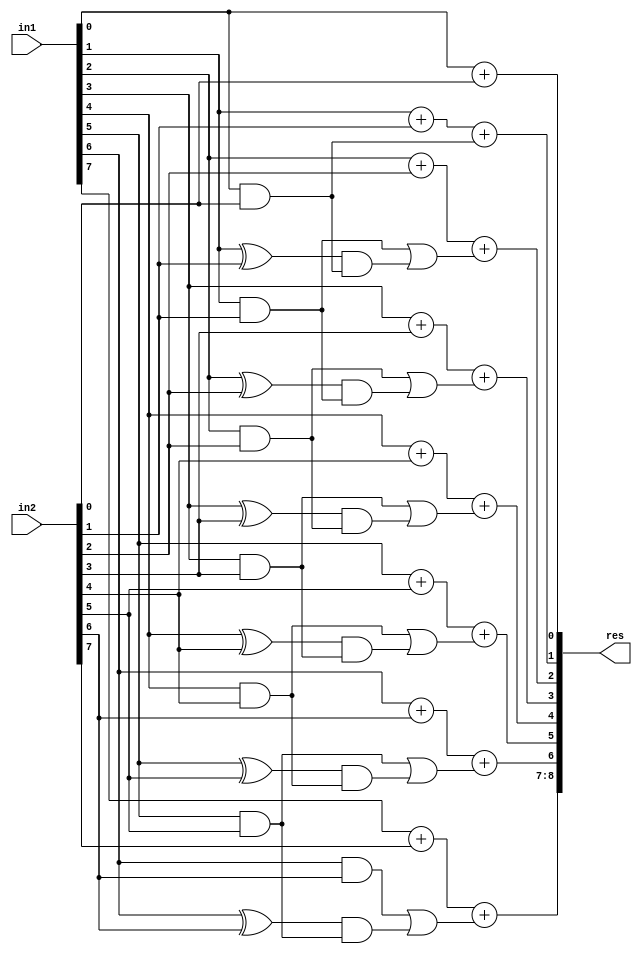
`timescale 1ns / 1ps
//////////////////////////////////////////////////////////////////////////////////
// Company: 
// Engineer: 
// 
// Create Date:     
// Design Name: 
// Module Name:    GDA_St_N8_M8_P2 
// Project Name: 
// Target Devices: 
// Tool versions: 
// Description: 
//
// Dependencies: 
//
// Revision: 
// Revision 0.01 - File Created
// Additional Comments: 
//
//////////////////////////////////////////////////////////////////////////////////
module GDA_St_N8_M8_P2(
    input  [7:0] in1,
    input  [7:0] in2,
    output [8:0] res
    );

wire [2:0] 	temp1, temp2, temp3, temp4, temp5, temp6, temp7, temp8;
wire  		p0,p1,p2,p3,p4,p5,p6,g0,g1,g2,g3,g4,g5,g6,c1,c2,c3,c4,c5,c6,c7;
wire			p1c1,p2c2,p3c3,p4c4,p5c5,p6c6;
wire 			carry_pred_1,carry_pred_2,carry_pred_3,carry_pred_4,carry_pred_5,carry_pred_6;

and and_0(g0,in1[0],in2[0]);
and and_1(g1,in1[1],in2[1]);
and and_2(g2,in1[2],in2[2]);
and and_3(g3,in1[3],in2[3]);
and and_4(g4,in1[4],in2[4]);
and and_5(g5,in1[5],in2[5]);
and and_6(g6,in1[6],in2[6]);

xor xor_0(p0,in1[0],in2[0]);
xor xor_1(p1,in1[1],in2[1]);
xor xor_2(p2,in1[2],in2[2]);
xor xor_3(p3,in1[3],in2[3]);
xor xor_4(p4,in1[4],in2[4]);
xor xor_5(p5,in1[5],in2[5]);
xor xor_6(p6,in1[6],in2[6]);

assign c1 = g0;

assign c2 = g1;
and and_7(p1c1,p1,c1);
or or_0(carry_pred_1,c2,p1c1);

assign c3 = g2;
and and_8(p2c2,p2,c2);
or or_2(carry_pred_2,c3,p2c2);

assign c4 = g3;
and and_10(p3c3,p3,c3);
or or_5(carry_pred_3,c4,p3c3);

assign c5 = g4;
and and_13(p4c4,p4,c4);
or or_9(carry_pred_4,c5,p4c4);

assign c6 = g5;
and and_17(p5c5,p5,c5);
or or_14(carry_pred_5,c6,p5c5);

assign c7 = g6;
and and_22(p6c6,p6,c6);
or or_20(carry_pred_6,c7,p6c6);

// Results

assign temp1[1:0] = in1[0] + in2[0];
assign temp2[1:0] = in1[1] + in2[1] + c1;
assign temp3[1:0] = in1[2] + in2[2] + carry_pred_1;
assign temp4[1:0] = in1[3] + in2[3] + carry_pred_2;
assign temp5[1:0] = in1[4] + in2[4] + carry_pred_3;
assign temp6[1:0] = in1[5] + in2[5] + carry_pred_4;
assign temp7[1:0] = in1[6] + in2[6] + carry_pred_5;
assign temp8[1:0] = in1[7] + in2[7] + carry_pred_6;
assign res[8:0] = {temp8[1:0],temp7[0],temp6[0],temp5[0],temp4[0],temp3[0],temp2[0],temp1[0]};

endmodule